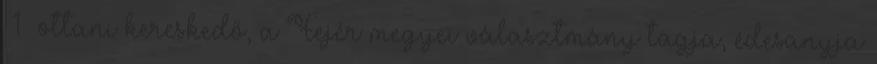
1 ottani kereskedő, a Fejér megyei választmány tagja, édesanyja